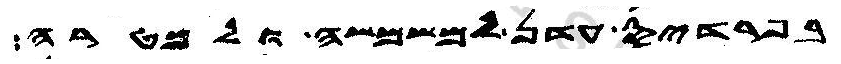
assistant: בפרדיס עדן למשמשה ולמטרה